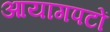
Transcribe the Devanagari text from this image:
आयागपटों